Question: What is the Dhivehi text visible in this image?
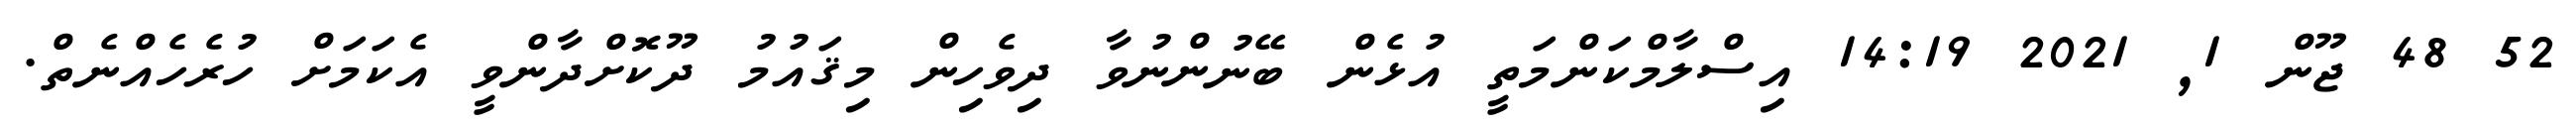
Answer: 52 48 ޖޫން 1, 2021 14:19 އިސްލާމްކަންމަތީ އުޅެން ބޭނުންނުވާ ދިވެހިން މިޤައުމު ދޫކޮށްދާންވީ އެކަމަށް ހުރެހެއްނެތް.